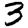
Digit: 3